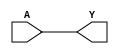
// This program was cloned from: https://github.com/menesesj6/DigitalesII
// License: MIT License

module BUF(A, Y);
  input A;
  output Y;
  assign #1 Y = A;
endmodule

module NOT(A, Y);
  input A;
  output Y;
  assign #1 Y = ~A;
endmodule

module NAND(A, B, Y);
  input A, B;
  output Y;
  assign #1 Y = ~(A & B);
endmodule

module NOR(A, B, Y);
  input A, B;
  output Y;
  assign #1 Y = ~(A | B);
endmodule

module DFF(C, D, Q);
  input C, D; 
  output reg Q;
  always @(posedge C) #1 Q <= D;
endmodule